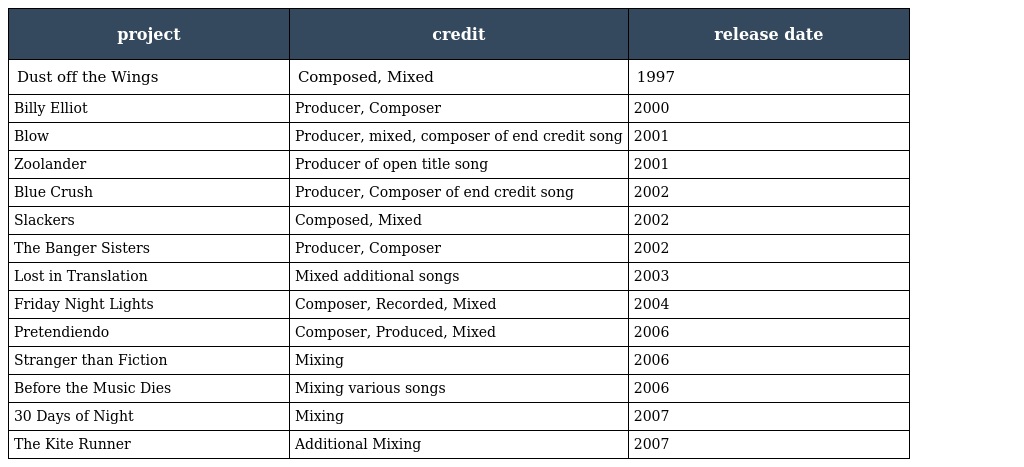
| project | credit | release date |
 | --- | --- | --- |
 | Dust off the Wings | Composed, Mixed | 1997 |
 | Billy Elliot | Producer, Composer | 2000 |
 | Blow | Producer, mixed, composer of end credit song | 2001 |
 | Zoolander | Producer of open title song | 2001 |
 | Blue Crush | Producer, Composer of end credit song | 2002 |
 | Slackers | Composed, Mixed | 2002 |
 | The Banger Sisters | Producer, Composer | 2002 |
 | Lost in Translation | Mixed additional songs | 2003 |
 | Friday Night Lights | Composer, Recorded, Mixed | 2004 |
 | Pretendiendo | Composer, Produced, Mixed | 2006 |
 | Stranger than Fiction | Mixing | 2006 |
 | Before the Music Dies | Mixing various songs | 2006 |
 | 30 Days of Night | Mixing | 2007 |
 | The Kite Runner | Additional Mixing | 2007 |